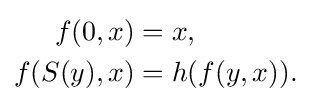
{\begin{aligned}f(0,x)&=x,\\f(S(y),x)&=h(f(y,x)).\end{aligned}}